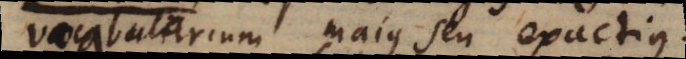
vocabularium majus seu exactius.